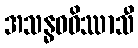
အသန္ဓဝဝိဿာသီ